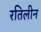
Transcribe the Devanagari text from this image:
रतिलीन